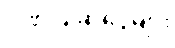
ဂုဏ်ပြုဆုငွေများ